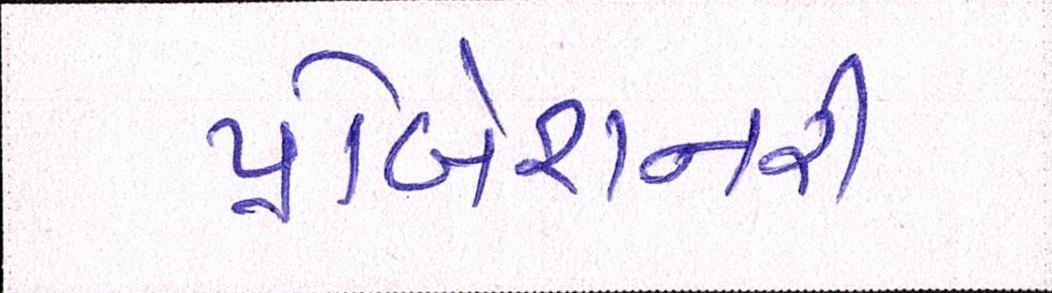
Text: પ્રોબેશનરી